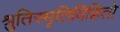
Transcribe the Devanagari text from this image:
श्रुतिस्मृतिविहितो